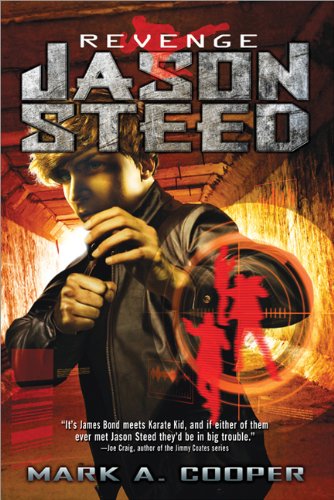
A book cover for Revenge: Jason Steed; Mark A. Cooper; Children's Books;